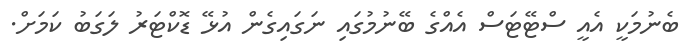
ބެނުމަކީ އެއީ ސްޓޭޓަސް އެއްގެ ބޭނުމުގައި ނަގައިގެން އުޅޭ ޑޮކްޓަރު ލަގަބު ކަމަށް.